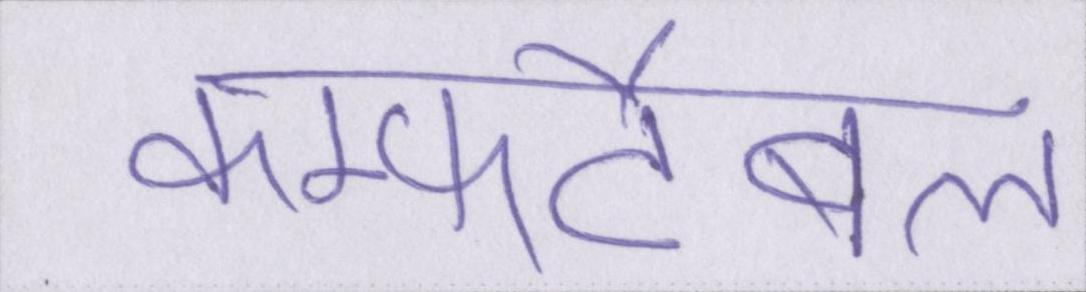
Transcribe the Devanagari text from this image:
कम्फर्टेबल